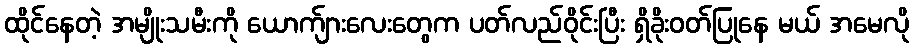
ထိုင်နေတဲ့ အမျိုးသမီးကို ယောက်ျားလေးတွေက ပတ်လည်ဝိုင်းပြီး ရှိခိုးဝတ်ပြုနေ မယ် အမေလို